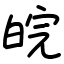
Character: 皖